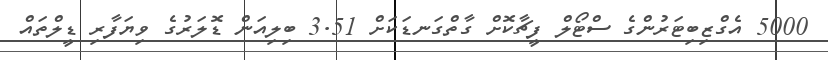
5000 އެގްޒިބިޓަރުންގެ ސްޓޯލް ފީޗާކޮށް ގާތްގަނޑަކަށް 3.51 ބިލިއަން ޑޮލަރުގެ ވިޔަފާރި ޑީލްތައް